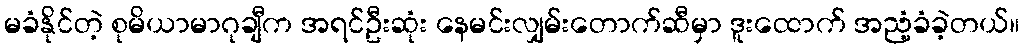
မခံနိုင်တဲ့ စုမိယာမာဂုချီက အရင်ဦးဆုံး နေမင်းလျှမ်းတောက်ဆီမှာ ဒူးထောက် အညံ့ခံခဲ့တယ်။